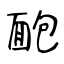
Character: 靤